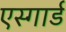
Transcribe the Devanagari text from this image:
एस्गार्ड